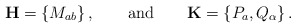
\begin{align*}{\bf H} = \{ M_{ab} \}\,,\qquad \mbox{and}\qquad {\bf K} =\{P_a, Q_\alpha\}\,.\end{align*}